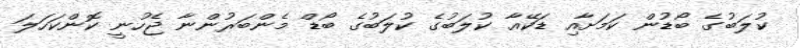
ކުލަބުގެ ބޯޑުން ކަމަށާއި ޑަކޭއާ ކުލަބުގެ ކުލަބުގެ ބޯޑް މެންބަރުންނާ ޖެހުނީ ކޮންކަހަލަ